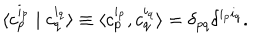
LaTeX: \langle c _ { p } ^ { i _ { p } } \mid c _ { q } ^ { i _ { q } } \rangle \equiv \langle c _ { p } ^ { i _ { p } } , c _ { q } ^ { i _ { q } } \rangle = \delta _ { p q } \delta ^ { i _ { p } i _ { q } } .